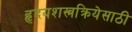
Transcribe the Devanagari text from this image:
हृदयशस्त्रक्रियेसाठी